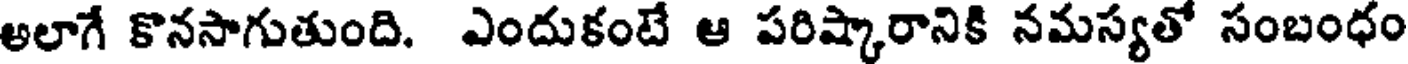
అలాగే కొనసాగుతుంది. ఎందుకంటే ఆ పరిష్కారానికి నమస్యతో సంబంధం